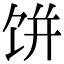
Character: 饼